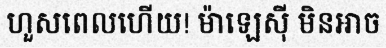
ហួសពេលហើយ! ម៉ាឡេស៊ី មិនអាច